Report of the Indian Hemp Drugs Commission, 1894-1895 - Volume III
Year: 1894
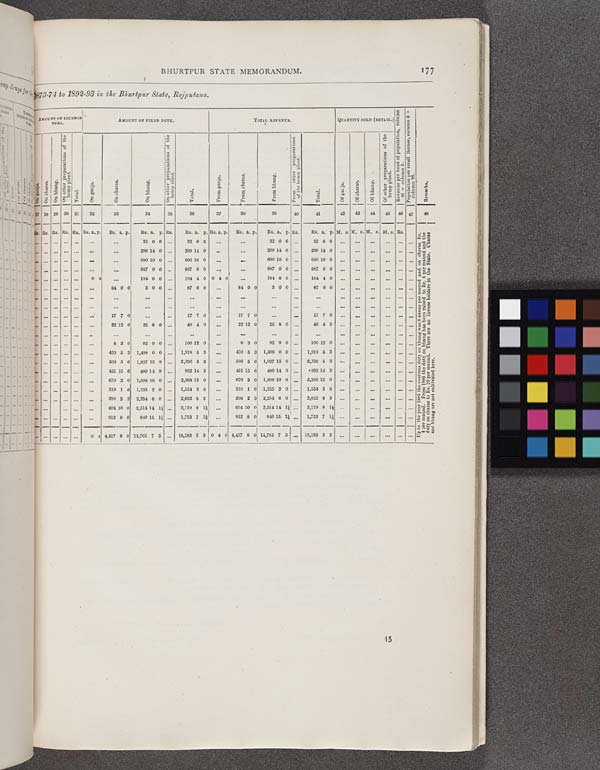
BHURTPUR STATE MEMORANDUM.
177
73-74 to 1892-93
in the Bhurtpur State, Rajputana.
AMOUNT OF LICENSE
FEES.
AMOUNT OF FIXED DUTY.
TOTAL REVENUE.
QUANTITY SOLD (RETAIL.)
Revenue per head of population, column
41 ¸
column 2.
Population per retail license, column 2 ¸
column 26.
On charas. On bhang.
On other preparations of the
hemp plant.
Tot al .
O
n ganja.
On charas.
On bhang.
On other preparations of the
hemp plant.
Tot al .
From ganja. Fr om charas. From bhang.
Fr om other preparations
of the hemp plant.
Total.
Of ganja. Of charas. Of bhang.
Of other preparations of the
hemp plant.
Revenue per head of population, column
41 ¸
column 2.
Population per retail license, column 2 ¸
column 26.
Remarks.
28 29 30 31
32
33
34
35
36
37
38
39
40
41
42
43
44
45
46 47
48
Rs. Rs. Rs. Rs. Rs. a. p.
Rs. a. p.
Rs. a. p.
Rs.
Rs. a. p. Rs. a. p.
Rs. a. p.
Rs. a. p. Rs.
Rs. a. p. M. s. M. s. M. s. M. s. Rs.
Up to the year 1885 the customs duty
4 per maund. From 1886
duty on charas to Rs. 10 p
and bhang are not cultiva
32 0 6
32 0 6
32 0 6
32 0 6
Up to the year 1885 the customs duty
4 per maund. From 1886
duty on charas to Rs. 10 p
and bhang are not cultiva
299 14 0
299 14 0
299 14 0
299 14 0
Up to the year 1885 the customs duty
4 per maund. From 1886
duty on charas to Rs. 10 p
and bhang are not cultiva
690 10 0
690 10 0
690 10 0
690 10 0
Up to the year 1885 the customs duty
4 per maund. From 1886
duty on charas to Rs. 10 p
and bhang are not cultiva
887 0 0
887 0 0
887 0 0
887 0 0
Up to the year 1885 the customs duty
4 per maund. From 1886
duty on charas to Rs. 10 p
and bhang are not cultiva
0 4
184 0 0
184 4 0 0 4 0
184 0 0
184 4 0
Up to the year 1885 the customs duty
4 per maund. From 1886
duty on charas to Rs. 10 p
and bhang are not cultiva
84 0 0
3 0 0
87 0 0
84 0 0
3 0 0
87 0 0
Up to the year 1885 the customs duty
4 per maund. From 1886
duty on charas to Rs. 10 p
and bhang are not cultiva
Up to the year 1885 the customs duty
4 per maund. From 1886
duty on charas to Rs. 10 p
and bhang are not cultiva
Up to the year 1885 the customs duty
4 per maund. From 1886
duty on charas to Rs. 10 p
and bhang are not cultiva
17 7 0
17 7 0
17 7 0
17 7 0
Up to the year 1885 the customs duty
4 per maund. From 1886
duty on charas to Rs. 10 p
and bhang are not cultiva
22 12 0
25 8 0
48 4 0
22 12 0
25 8 0
48 4 0
Up to the year 1885 the customs duty
4 per maund. From 1886
duty on charas to Rs. 10 p
and bhang are not cultiva
Up to the year 1885 the customs duty
4 per maund. From 1886
duty on charas to Rs. 10 p
and bhang are not cultiva
8 3 0
92 9 0
100 12 0
8 3 0
92 9 0
100 12 0
Up to the year 1885 the customs duty
4 per maund. From 1886
duty on charas to Rs. 10 p
and bhang are not cultiva
420 5 3
1,498 0 0
1,918 5 3
420 5 3
1,498 0 0
1,918 5 3
Up to the year 1885 the customs duty
4 per maund. From 1886
duty on charas to Rs. 10 p
and bhang are not cultiva
608 6 6
1,827 15 9
2,336 6 3
508 5 6
1,827 15 9
2,336 5 3
Up to the year 1885 the customs duty
4 per maund. From 1886
duty on charas to Rs. 10 p
and bhang are not cultiva
451 15 6
480 14 9
932 14 3
451 15 6
480 14 9
932 14 3
Up to the year 1885 the customs duty
4 per maund. From 1886
duty on charas to Rs. 10 p
and bhang are not cultiva
670 2 0
1,898 10 0
2,568 12 0
670 2 0
1,898 10 0
2,588 12 0
Up to the year 1885 the customs duty
4 per maund. From 1886
duty on charas to Rs. 10 p
and bhang are not cultiva
319 1 6
1,235 2 0
1,554 3 6
319 1 6
1,255 2 0
1,554 3 6
Up to the year 1885 the customs duty
4 per maund. From 1886
duty on charas to Rs. 10 p
and bhang are not cultiva
398 2 3
2,254 6 0
2,652 8 3
398 2 3
2,254 6 0
2,652 8 3
Up to the year 1885 the customs duty
4 per maund. From 1886
duty on charas to Rs. 10 p
and bhang are not cultiva
604 10 0
2,514 14 11/2
3,119 8 11/2
604 10 0
2,514 14
3,119 8 11/2
Up to the year 1885 the customs duty
4 per maund. From 1886
duty on charas to Rs. 10 p
and bhang are not cultiva
912 8 0
840 15 11/2
1,753 7 11/2
912 8 0
840 15 11/2
1,753 7 11/2
Up to the year 1885 the customs duty
4 per maund. From 1886
duty on charas to Rs. 10 p
and bhang are not cultiva
Up to the year 1885 the customs duty
4 per maund. From 1886
duty on charas to Rs. 10 p
and bhang are not cultiva
Up to the year 1885 the customs duty
4 per maund. From 1886
duty on charas to Rs. 10 p
and bhang are not cultiva
0 4 4,417 8 0 14,765 7 3
19,183 3 3 0 4 0 4,417 8 0 14,765 7 3
19,183 3 3
Up to the year 1885 the customs duty
4 per maund. From 1886
duty on charas to Rs. 10 p
and bhang are not cultiva